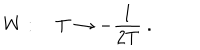
W : \quad T \rightarrow - \frac { 1 } { 2 T } \ .